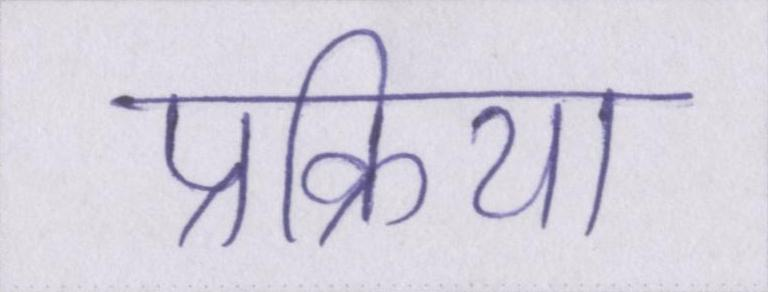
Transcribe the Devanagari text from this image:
प्रक्रिया